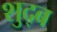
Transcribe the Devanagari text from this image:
शुद्ब